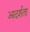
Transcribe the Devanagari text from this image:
आदर्शता